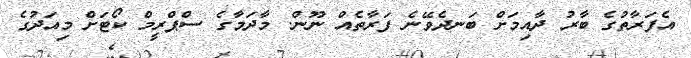
އެފަރާތުގެ ބާރު ދާއިމަށް ބަނދެވޭނެ ފަރާތެއް ނޫން. މާދަމާގެ ސްޕްރީމް ކޯޓަށް މިއަދުގެ